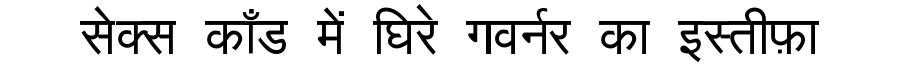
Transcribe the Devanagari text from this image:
सेक्स काँड में घिरे गवर्नर का इस्तीफ़ा